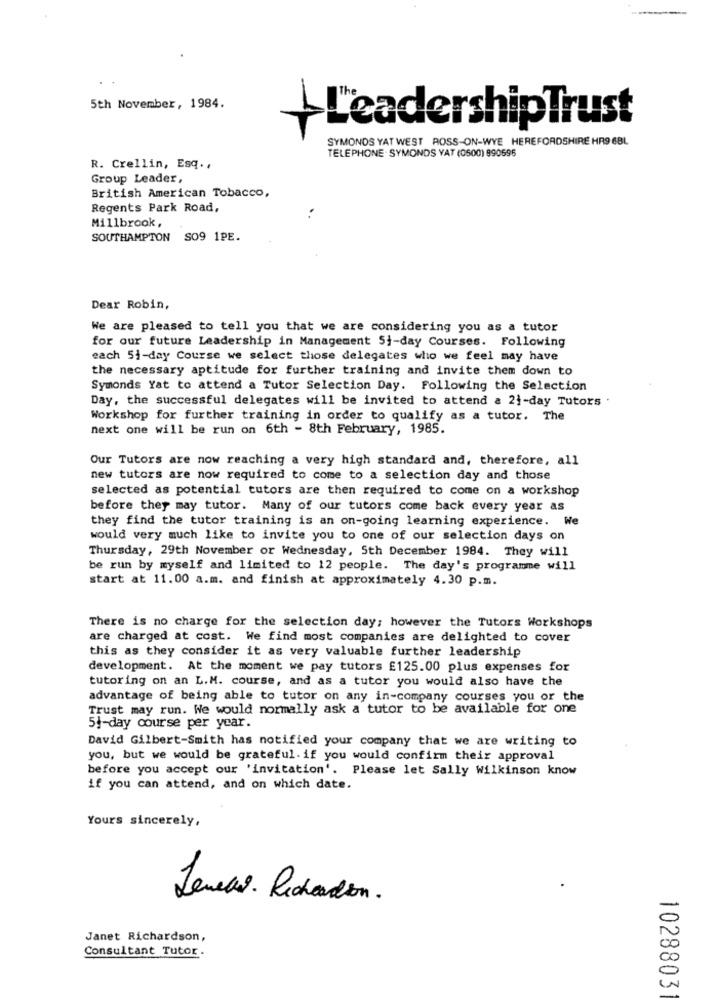
5th November, 1984.
1
leadershipTrust
SYMONDS YAT WEST ROSS-ON-WYE HEREFORDSHIRE HR9 6BL
TELEPHONE . SYMONDS YAT (0500) 990696
R. Crellin, Esq .,
Group Leader,
British American Tobacco,
Regents Park Road,
Millbrook,
SOUTHAMPTON SO9 1PE.
Dear Robin,
We are pleased to tell you that we are considering you as a tutor
for our future Leadership in Management Si-day Courses. Following
each 51-day Course we select those delegates who we feel may have
the necessary aptitude for further training and invite them down to
Symonds Yat to attend a Tutor Selection Day. Following the Selection
Day, the successful delegates will be invited to attend a 21-day Tutors .
Workshop for further training in order to qualify as a tutor. The
next one will be run on 6th - 8th February, 1985.
Our Tutors are now reaching a very high standard and, therefore, all
new tutors are now required to come to a selection day and those
selected as potential tutors are then required to come on a workshop
before they may tutor. Many of our tutors come back every year as
they find the tutor training is an on-going learning experience. We
would very much like to invite you to one of our selection days on
Thursday, 29th November or Wednesday, Sth December 1984. They will
be run by myself and limited to 12 people. The day's programme will
start at 11.00 a.m. and finish at approximately 4.30 p.m.
There is no charge for the selection day; however the Tutors Workshops
are charged at cost. We find most companies are delighted to cover
this as they consider it as very valuable further leadership
development. At the moment we pay tutors £125.00 plus expenses for
tutoring on an L.M. course, and as a tutor you would also have the
advantage of being able to tutor on any in-company courses you or the
Trust may run. We would normally ask a tutor to be available for one
54-day course per year.
David Gilbert-Smith has notified your company that we are writing to
you, but we would be grateful. if you would confirm their approval
before you accept our 'invitation'. Please let Sally Wilkinson know
if you can attend, and on which date.
Yours sincerely,
Jenews. Recheadon.
Janet Richardson,
Consultant Tutor.
1028803